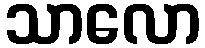
သာလော